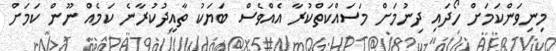
މިނިވަންކަމަށް ހޯދައި ދިނުމަށް މަސައްކަތްކުރާ އެއްވެސް ބަޔަކު ތާއީދުކުރާނެ ކަމެއް ނޫން ކަމަށް